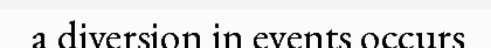
a diversion in events occurs